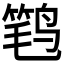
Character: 𮭩